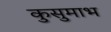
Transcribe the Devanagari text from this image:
कुसुमाभ